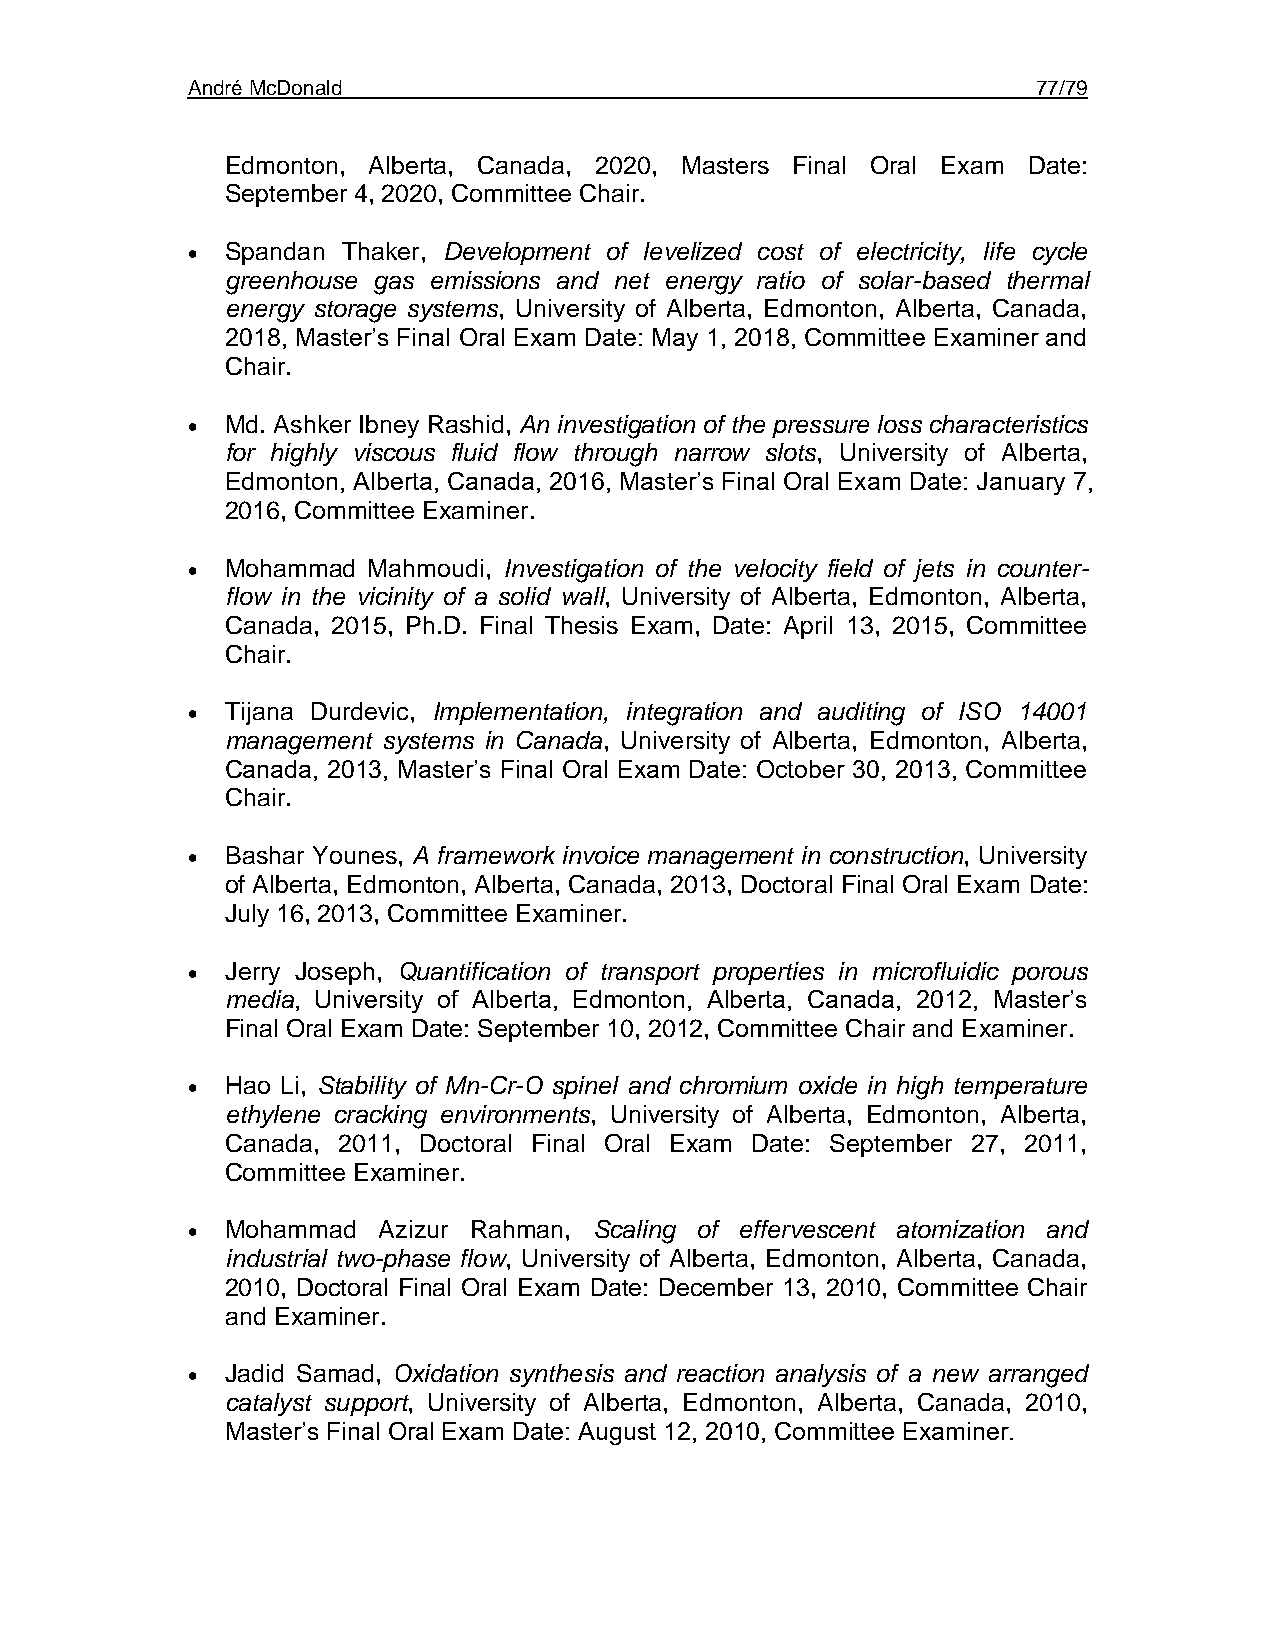
André McDonald                                           77/79
 Edmonton, Alberta, Canada, 2020, Masters Final Oral Exam Date:
 September 4, 2020, Committee Chair.
 •  Spandan Thaker, Development of levelized cost of electricity, life cycle
 greenhouse gas emissions and net energy ratio of solar-based thermal
 energy storage systems, University of Alberta, Edmonton, Alberta, Canada,
 2018, Master’s Final Oral Exam Date: May 1, 2018, Committee Examiner and
 Chair.
 •  Md. Ashker Ibney Rashid, An investigation of the pressure loss characteristics
 for highly viscous fluid flow through narrow slots, University of Alberta,
 Edmonton, Alberta, Canada, 2016, Master’s Final Oral Exam Date: January 7,
 2016, Committee Examiner.
 •  Mohammad Mahmoudi, Investigation of the velocity field of jets in counter-
 flow in the vicinity of a solid wall, University of Alberta, Edmonton, Alberta,
 Canada, 2015, Ph.D. Final Thesis Exam, Date: April 13, 2015, Committee
 Chair.
 •  Tijana Durdevic, Implementation, integration and auditing of ISO 14001
 management systems in Canada, University of Alberta, Edmonton, Alberta,
 Canada, 2013, Master’s Final Oral Exam Date: October 30, 2013, Committee
 Chair.
 •  Bashar Younes, A framework invoice management in construction, University
 of Alberta, Edmonton, Alberta, Canada, 2013, Doctoral Final Oral Exam Date:
 July 16, 2013, Committee Examiner.
 •  Jerry Joseph, Quantification of transport properties in microfluidic porous
 media, University of Alberta, Edmonton, Alberta, Canada, 2012, Master’s
 Final Oral Exam Date: September 10, 2012, Committee Chair and Examiner.
 •  Hao Li, Stability of Mn-Cr-O spinel and chromium oxide in high temperature
 ethylene cracking environments, University of Alberta, Edmonton, Alberta,
 Canada, 2011, Doctoral Final Oral Exam Date: September 27, 2011,
 Committee Examiner.
 •  Mohammad  Azizur Rahman, Scaling of effervescent atomization and
 industrial two-phase flow, University of Alberta, Edmonton, Alberta, Canada,
 2010, Doctoral Final Oral Exam Date: December 13, 2010, Committee Chair
 and Examiner.
 •  Jadid Samad, Oxidation synthesis and reaction analysis of a new arranged
 catalyst support, University of Alberta, Edmonton, Alberta, Canada, 2010,
 Master’s Final Oral Exam Date: August 12, 2010, Committee Examiner.